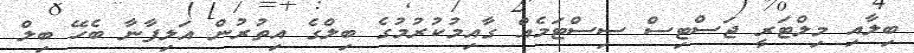
ބިލާއި މިލްޓަރީ ޖަސްޓިސް ސިސްޓަމެއް ގާއިމުކުރުމުގެ ބިލްގެ އިތުރުން އަލިފާނާ ބެހޭ ބިލް